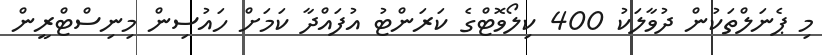
މި ޕެނަލްތަކުން ދުވާލަކު 400 ކިލޯވޮޓްގެ ކަރަންޓު އުފައްދާ ކަމަށް ހައުސިން މިނިސްޓްރީން